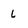
Character: L